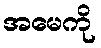
အမေကို